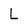
Character: L